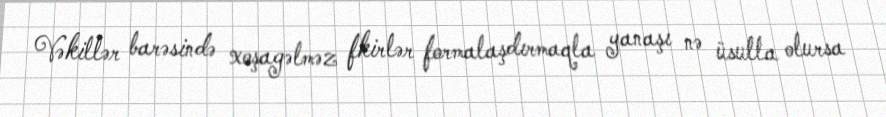
Vəkillər barəsində xoşagəlməz fkirlər formalaşdırmaqla yanaşı nə üsulla olursa